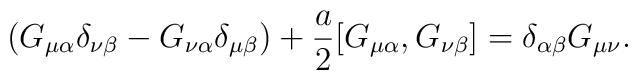
(G_{\mu \alpha } \delta _{\nu\beta }  - G_{\nu \alpha } \delta _{\mu\beta }  ) +\frac{a}{2}  [ G_{\mu \alpha }, G_{\nu \beta } ]  =\delta_{ \alpha \beta}  G_{\mu \nu}.